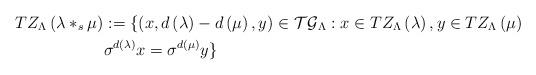
LaTeX: \begin{align*}TZ_{\Lambda }\left( \lambda \ast _{s}\mu \right) & :=\{\left( x,d\left(\lambda \right) -d\left( \mu \right) ,y\right) \in \mathcal{TG}_{\Lambda}:x\in TZ_{\Lambda }\left( \lambda \right) ,y\in TZ_{\Lambda }\left( \mu\right) \\& \sigma ^{d\left( \lambda \right)}x=\sigma ^{d\left( \mu \right) }y\}\end{align*}